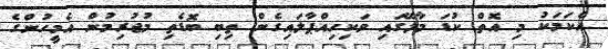
އެކަމަކު މި އޮތް ކުޑަ މާލޭގައި ވަކިހިއްޕާލައިގެން ތިބި ބޮޑެތި މުޖުރިމުން އެމީހުންގެ